V__Kingissepa_nim__kolhoos, lk 10
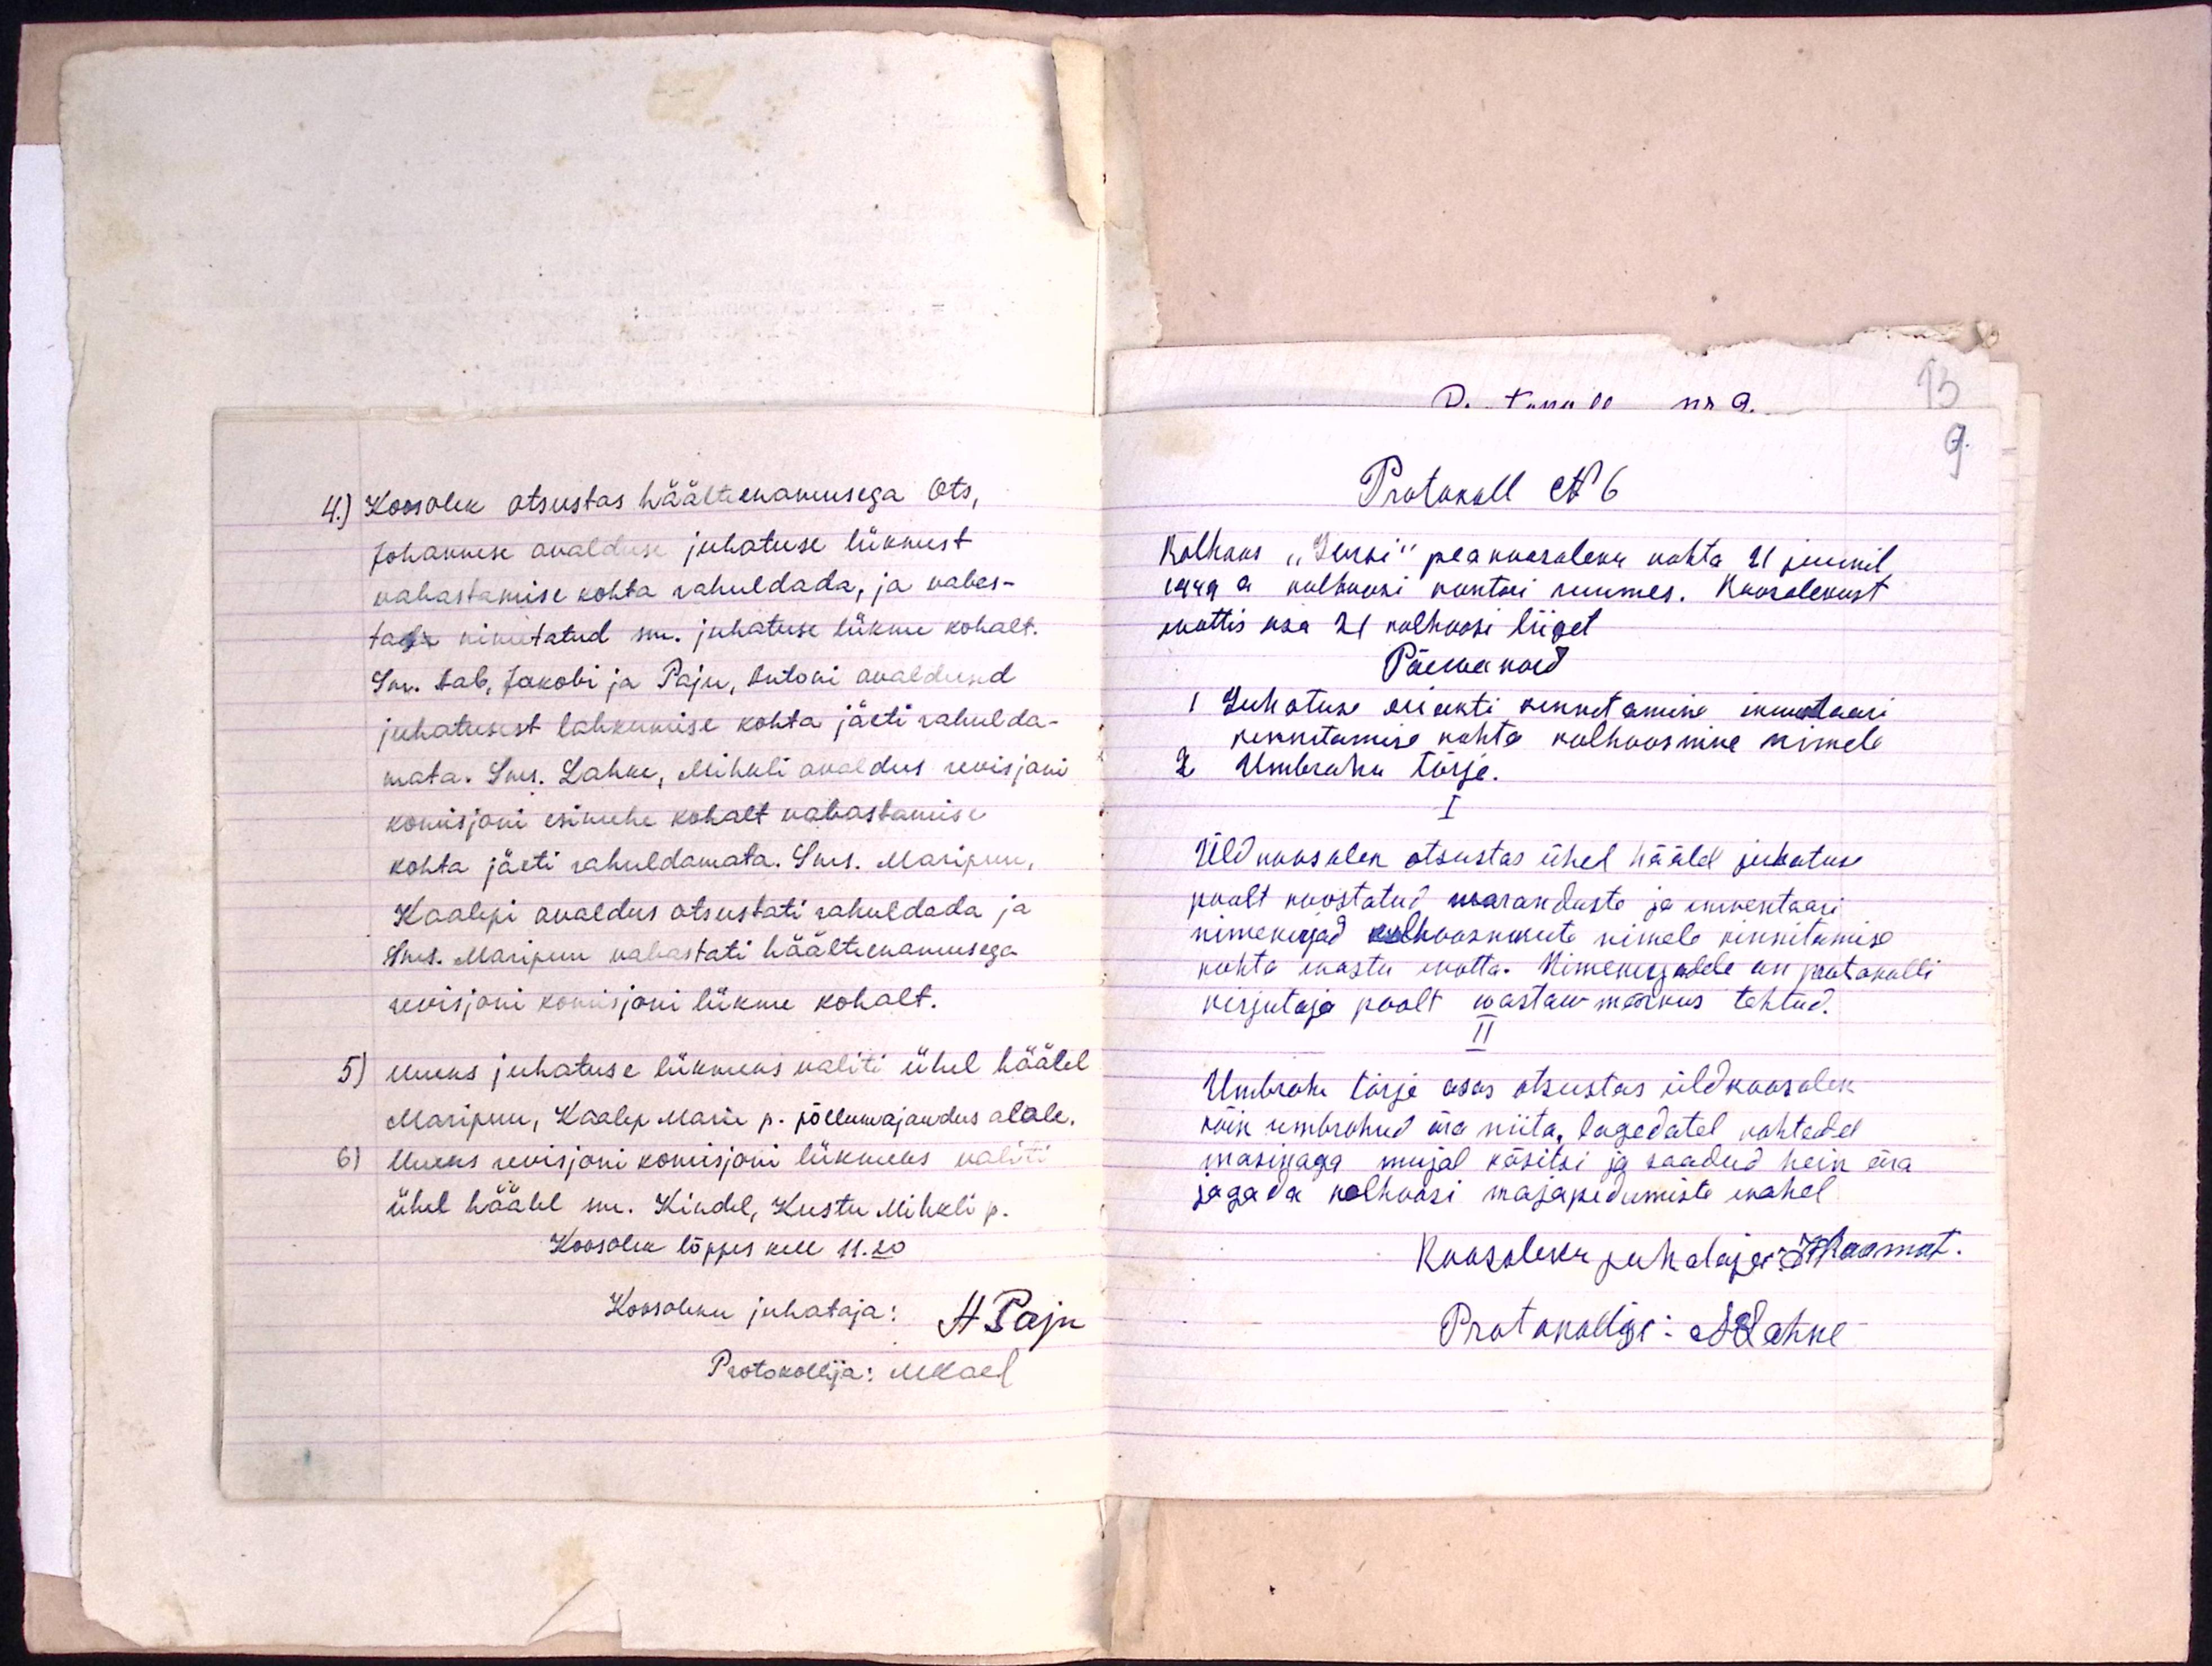
4) Koosolek otsustas häälteenamusega Ots,
Johannese avalduse juhatuse liikmest
vabastamise kohta rahuldada, ja vabas-
tada nimetatud sm. juhatuse liikme kohalt.
Sm. Aab, Jakobi ja Paju, Antoni avaldused
juhatusest lahkumise kohta jäeti rahulda-
mata. Sms. Lahke, Mihkli avaldus revisjoni
komisjoni esimehe kohalt vabastamise
kohta jäeti rahuldamata. Sms. Maripuu,
Kaalepi avaldus otsustati rahuldada ja
Sms. Maripuu vabastati häälteenamusega
revisjoni komisjoni liikme kohalt.
5) Uueks juhatuse liikmeks valiti ühel häälel
Maripuu, Kaalep Marie p. põllumajandus alale.
6) Uueks revisjoni komisjoni liikmeks valiti
ühel häälel sm. Kindel, Kustu Mihkli p.
Koosolek lõppes kell 11.20
Koosoleku juhataja: H. Paju
Protokollija: MKael

Protokoll N 6
9.
Kolhoos "Jursi" peakoosoleku kohta 21 juunil.
1949 a kolhoosi kontori ruumes. Koosolekust
wottis osa 21 kolhoosi liiget
Päewakord
1 Juhatuse eriakti kinnitamine inwentaari
kinnitamise kohta kolhoosnike nimele
2 Umbrohu tõrje.
I
Üldkoosolek otsustas ühel häälel juhatuse
poolt koostatud waranduste ja inwentaari
nimekirjad kolhoosnikute nimele kinnitamise
kohta wastu wõtta. Nimekirjadele on protokolli
kirjutaja poolt wastaw märvus tehtud.
II
Umbrohu tõrje osas otsustas üldkoosolek
kõik umbrohud ära niita, lagedatel kohtedel
masinaga mujal käsitsi ja saadud hein ära
jagada kolhoosi majapidumiste wahel.
Kaasoleku juhataja JRaamat.
Protokollga: MLahke